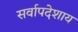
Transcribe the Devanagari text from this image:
सर्वापदेशाय